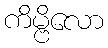
ကိမ္ဗိလော